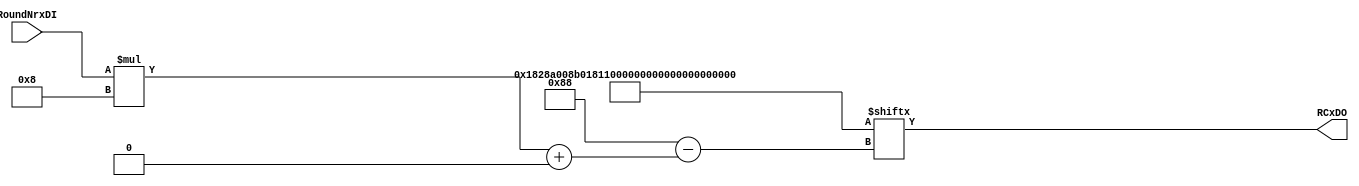

//// taken from https://github.com/hgrosz/keccak_dom


module keccak_roundconstant #(
    parameter W = 8
   ) 
   
   (input wire[4:0] RoundNrxDI,
    output reg[W-1:0] RCxDO
    );

    wire[0:18*8-1] RC = {
		8'h01, 8'h82, 8'h8A, 8'h00, 8'h8B, 8'h01,
        8'h81, 8'h09, 8'h8A, 8'h88, 8'h09, 8'h0A,
		8'h8B, 8'h8B, 8'h89, 8'h03, 8'h02, 8'h80
    };

    always @(*) begin : SELECT_ROUND_CONSTANT
    
        RCxDO = RC[RoundNrxDI*8 +: 8];
		
    end


endmodule